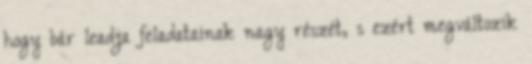
hogy bár leadja feladatainak nagy részét, s ezért megváltozik